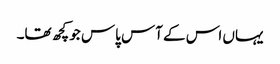
یہاں اس کے آس پاس جو کچھ تھا۔